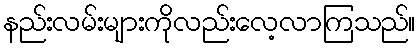
နည်းလမ်းများကိုလည်းလေ့လာကြသည်။